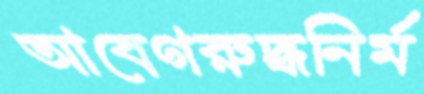
আবেগরুদ্ধনির্ম